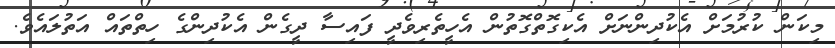
މިކަން ކުރުމަށް އެކުދިންނަށް އެކިގޮތްގޮތުން އެހީތެރިވެދީ ފައިސާ ދީގެން އެކުދިންގެ ހިތްތައް އަތުލައެވެ.